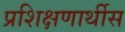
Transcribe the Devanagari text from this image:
प्रशिक्षणार्थीस